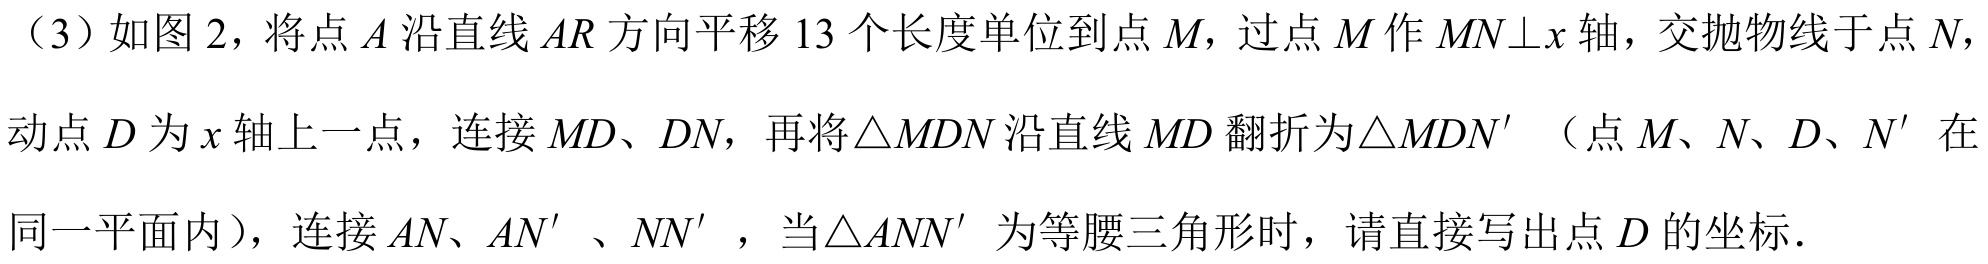
（3）如图 2，将点\(A\)沿直线\(AR\)方向平移\(13\)个长度单位到点\(M\)，过点\(M\)作\(MN\perp x\)轴，交抛物线于点\(N\)，动点\(D\)为\(x\)轴上一点，连接\(MD、DN\)，再将\(\triangle MDN\)沿直线\(MD\)翻折为\(\triangle MDN'\)（点\(M、N、D、N'\)在同一平面内），连接\(AN、AN'\)、\(NN'\)，当\(\triangle ANN'\)为等腰三角形时，请直接写出点\(D\)的坐标．